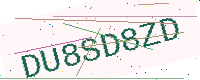
Text: DU8SD8ZD